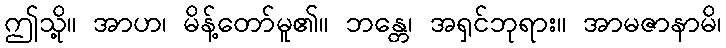
ဤသို့။ အာဟ၊ မိန့်တော်မူ၏။ ဘန္တေ၊ အရှင်ဘုရား။ အာမဇာနာမိ၊